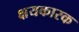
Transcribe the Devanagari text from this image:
क्षयकारक